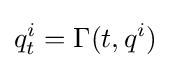
q_{t}^{i}=\Gamma (t,q^{i})